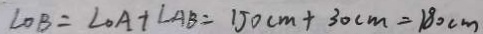
\angle O B = \angle O A + \angle A B = 1 5 0 c m + 3 0 c m = 1 8 0 c m